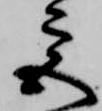
宮